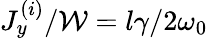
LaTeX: J_{y}^{(i)}/\mathcal{W}=l\gamma/2\omega_{0}